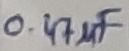
Text: 0.47µF